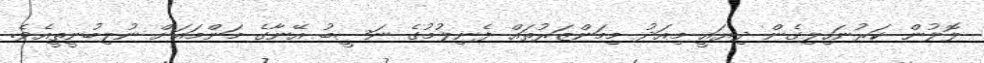
ލޮލުން ކަރުނަހިލިގެން ދިޔައީ މިއަދު މިމަންޒަރުތައް ފެނިލުމުގެ ނަސީބު އޭނާގެ މަންމައަށް ނުލިބުނީތީއެވެ.